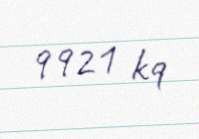
9921 kq